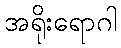
အရိုးရောဂါ